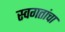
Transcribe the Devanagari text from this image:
स्वगतांचा